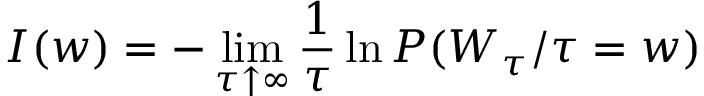
I ( w ) = - \operatorname* { l i m } _ { \tau \uparrow \infty } \frac { 1 } { \tau } \ln P ( W _ { \tau } / \tau = w )